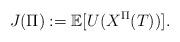
LaTeX: \begin{align*}J(\Pi):= \mathbb{E}[U(X^\Pi(T))].\end{align*}